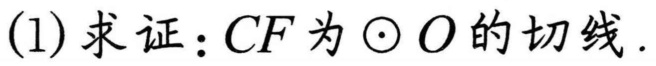
(1) 求证：\(CF\)为\(\odot O\)的切线.